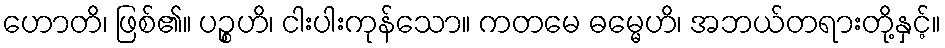
ဟောတိ၊ ဖြစ်၏။ ပဉ္စဟိ၊ ငါးပါးကုန်သော။ ကတမေ ဓမ္မေဟိ၊ အဘယ်တရားတို့နှင့်။